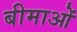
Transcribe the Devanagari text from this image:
बीमाओं